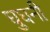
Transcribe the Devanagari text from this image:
घुघनी